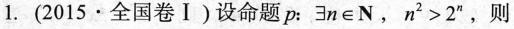
1.(2015·全国卷Ⅰ)设命题p：$$∃ n \in N$$，$$n ^ { 2 } > 2 ^ { n }$$，则